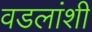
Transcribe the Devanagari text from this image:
वडलांशी